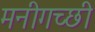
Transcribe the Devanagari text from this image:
मनीगच्छी